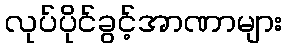
လုပ်ပိုင်ခွင့်အာဏာများ